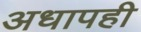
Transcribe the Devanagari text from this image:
अधापही